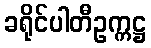
ခရိုင်ပါတီဥက္ကဋ္ဌ